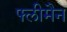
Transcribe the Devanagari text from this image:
फ्लीमैन